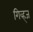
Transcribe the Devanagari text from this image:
गिव्ह्‌ज